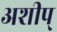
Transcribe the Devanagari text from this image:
अशीप्